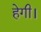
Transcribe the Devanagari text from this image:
हेगी।